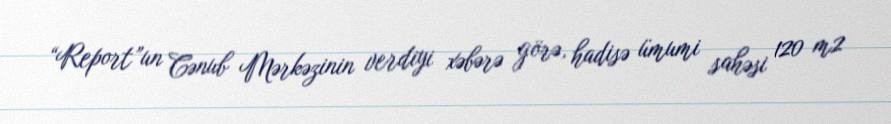
“Report”un Cənub Mərkəzinin verdiyi xəbərə görə, hadisə ümumi sahəsi 120 m2